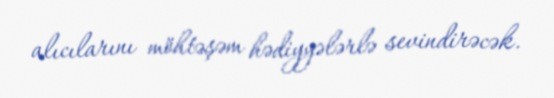
alıcılarını möhtəşəm hədiyyələrlə sevindirəcək.